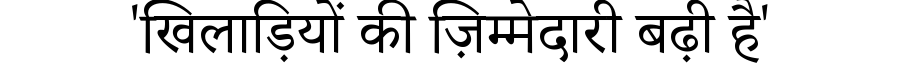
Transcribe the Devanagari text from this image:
'खिलाड़ियों की ज़िम्मेदारी बढ़ी है'